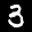
Label: 3